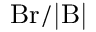
\mathrm { B r / | B | }